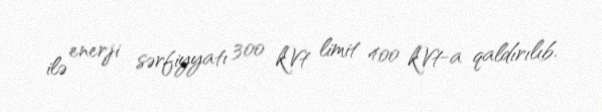
ilə enerji sərfiyyatı 300 kVt limit 400 kVt-a qaldırılıb.